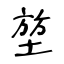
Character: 堃